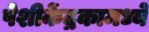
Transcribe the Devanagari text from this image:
पेशीकेंद्रकामध्ये